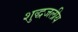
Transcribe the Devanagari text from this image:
शुद्धजलीय